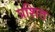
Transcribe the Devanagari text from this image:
प्रशित